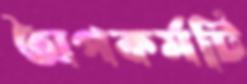
অপকর্মটি